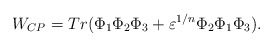
\begin{align*}W_{CP}=Tr(\Phi _{1}\Phi _{2}\Phi _{3}+\varepsilon ^{1/n}\Phi _{2}\Phi _{1}\Phi _{3}).\end{align*}